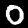
Digit: 0